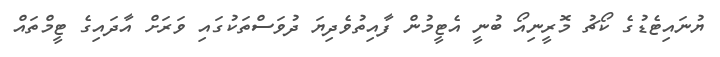
ޔުނައިޓެޑުގެ ކޯޗު މޮރީނިއޯ ބުނީ އެޓީމުން ފާއިތުވެދިޔަ ދުވަސްތަކުގައި ވަރަށް އާދައިގެ ޓީމްތައް